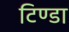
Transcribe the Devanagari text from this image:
टिण्डा